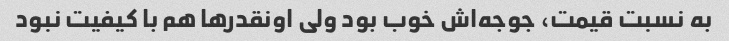
به نسبت قیمت، جوجه‌اش خوب بود ولی اونقدرها هم با کیفیت نبود